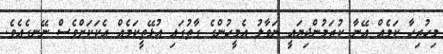
މިހުރިހާ ކަމެއް އޭނާ ކުރަމުންދިޔައީ ނަވާލު އެމީހުންގެ ގާތުގައި އުޅޭތީކަމެއް އެކަކަށްވެސް ނޭނގެއެވެ.